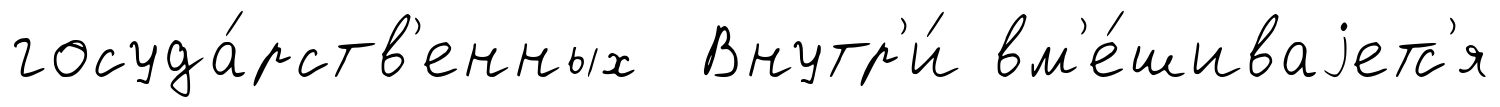
госуда́рств'енных Внутр'и́ вм'е́шиваjетс'я